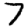
Digit: 7